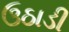
ઉઠાડી